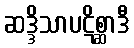
ဆဒ္ဒိသာပဋိစ္ဆာဒီ